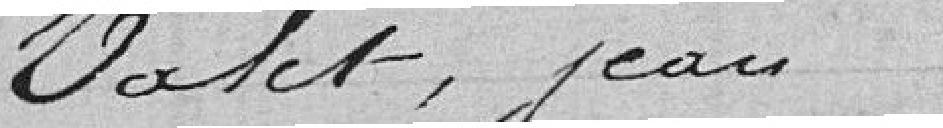
Valet, Jean